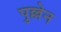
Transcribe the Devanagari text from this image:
पुल्लेन